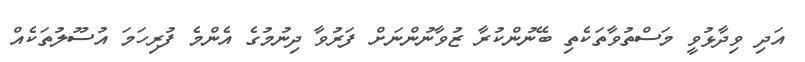
އަދި ވިދާޅުވީ މަސްތުވާތަކެތި ބޭނުންކުރާ ޒުވާނުންނަށް ފަރުވާ ދިނުމުގެ އެންމެ ފުރިހަމަ އުސޫލުތަކެއް